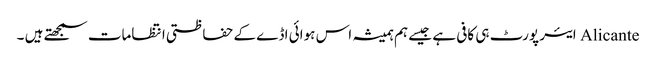
Alicante ایئر پورٹ ہی کافی ہے جیسے ہم ہمیشہ اس ہوائی اڈے کے حفاظتی انتظامات سمجھتے ہیں ۔